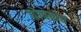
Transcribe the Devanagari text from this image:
पोषकच